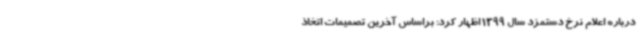
درباره اعلام نرخ دستمزد سال 1399 اظهار کرد: براساس آخرین تصمیمات اتخاذ